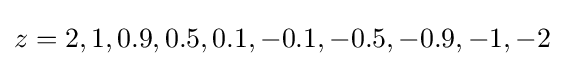
z=2,1,0.9,0.5,0.1,-0.1,-0.5,-0.9,-1,-2